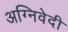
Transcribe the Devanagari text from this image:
अग्निवेदी